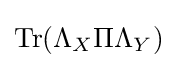
\operatorname {Tr} (\Lambda _{X}\Pi \Lambda _{Y})